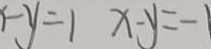
- y = 1 x - y = - 1